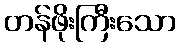
တန်ဖိုးကြီးသော